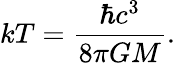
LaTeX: kT={\frac{\hbar c^{3}}{8\pi GM}}.